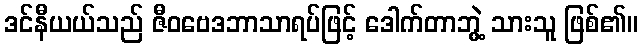
ဒင်နီယယ်သည် ဇီဝဗေဒဘာသာရပ်ဖြင့် ဒေါက်တာဘွဲ့ သားသူ ဖြစ်၏။